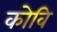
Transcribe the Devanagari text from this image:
कोवि